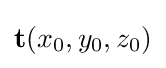
\mathbf {t} (x_{0},y_{0},z_{0})